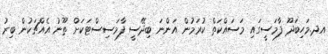
އދ.މަހިބަދޫ ފާމަސީގައި މަސައްކަތް ކުރަމުން އަންނަ ބިދޭސީ ފާމަސިސްޓަކަށް ތޫނު އެއްޗަކުން ބިރު